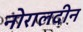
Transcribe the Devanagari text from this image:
नोरालदीन